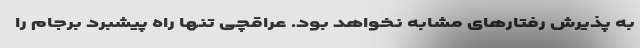
به پذیرش رفتارهای مشابه نخواهد بود. عراقچی تنها راه پیشبرد برجام را